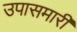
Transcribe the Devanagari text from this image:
उपासमारी